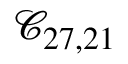
\mathcal { C } _ { 2 7 , 2 1 }